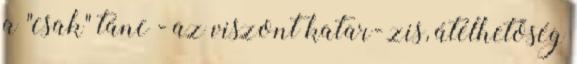
a "csak" tánc - az viszont katar- zis, átélhetőség